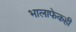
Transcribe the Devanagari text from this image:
भालाफेकही